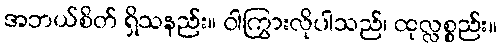
အဘယ်စိတ် ရှိသနည်း။ ဝါကြွားလိုပါသည်၊ ထုလ္လစ္စည်း။